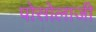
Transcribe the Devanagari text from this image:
पोसोलाजी